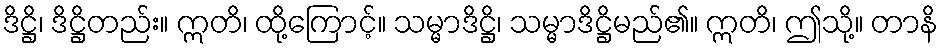
ဒိဋ္ဌိ၊ ဒိဋ္ဌိတည်း။ ဣတိ၊ ထို့ကြောင့်။ သမ္မာဒိဋ္ဌိ၊ သမ္မာဒိဋ္ဌိမည်၏။ ဣတိ၊ ဤသို့။ တာနိ